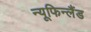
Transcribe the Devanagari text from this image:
न्यूफिन्लैंड